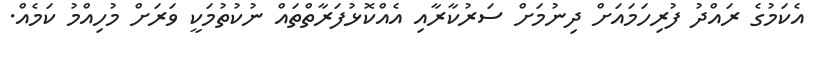
އެކަމުގެ ރައްދު ފުރިހަމައަށް ދިނުމަށް ސަރުކާރާއި އެއްކޮޅުފަރާތްތައް ނުކުތުމަކީ ވަރަށް މުހިއްމު ކަމެއް.